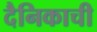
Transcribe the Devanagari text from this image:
दैनिकाची